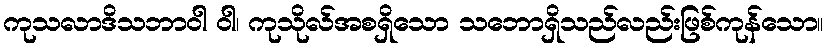
ကုသလာဒိသဘာဝါ ဝါ၊ ကုသိုလ်အစရှိသော သဘောရှိသည်လည်းဖြစ်ကုန်သော။